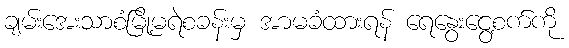
ချမ်းအေးသာစံမြို့မရဲစခန်းမှ အာမခံထားရန် ရေနွေးငွေ့စက်ကို